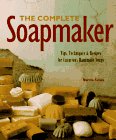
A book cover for The Complete Soapmaker; Norma Coney; Crafts, Hobbies & Home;